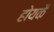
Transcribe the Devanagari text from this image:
होयकै